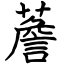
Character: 薝